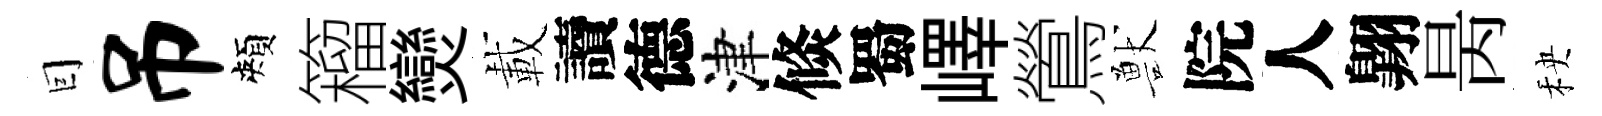
囙吊頰籕𤓖載讀德津倐蜀嶧鶯獸院人翺昺秧